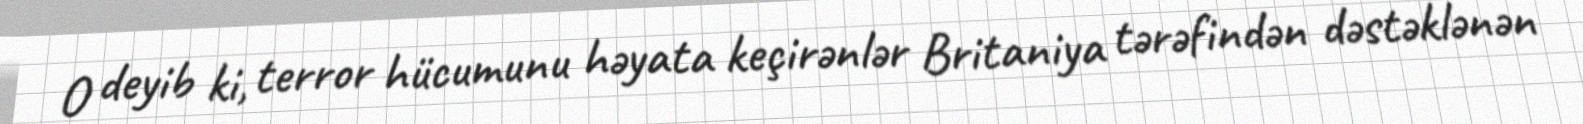
O deyib ki, terror hücumunu həyata keçirənlər Britaniya tərəfindən dəstəklənən